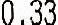
0.33